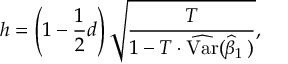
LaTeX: h = \left( 1 - { \frac { 1 } { 2 } } d \right) { \sqrt { \frac { T } { 1 - T \cdot { \widehat { \operatorname { V a r } } } ( { \widehat { \beta } } _ { 1 } \, ) } } } ,